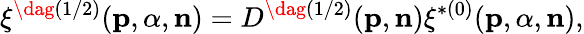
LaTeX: \xi^{\dag(1/2)}({\mathbf p},{\alpha},{\mathbf n})=D^{\dag(1/2)}({\mathbf p},{\mathbf n})\xi^{\ast(0)}({\mathbf p},{\alpha},{\mathbf n}),